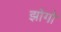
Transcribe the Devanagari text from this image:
झोंगो